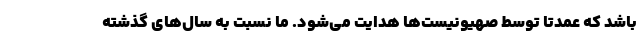
باشد که عمدتا توسط صهیونیست‌ها هدایت می‌شود. ما نسبت به سال‌های گذشته